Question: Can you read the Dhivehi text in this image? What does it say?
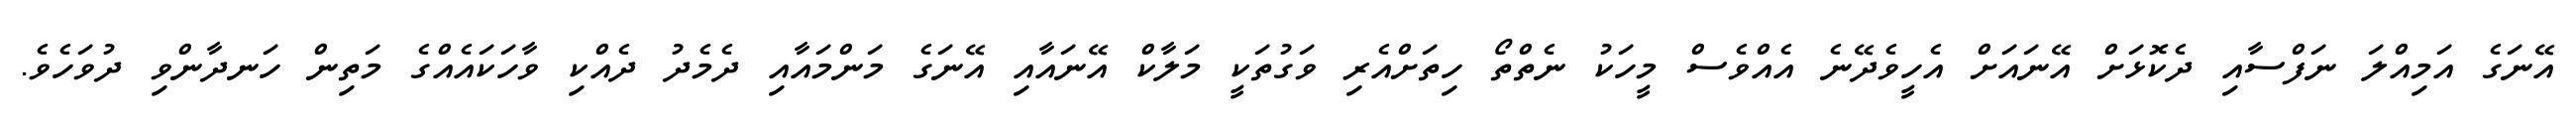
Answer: އޭނަގެ އަމިއްލަ ނަފްސާއި ދެކޮޅަށް އޭނައަށް އެހީވެދޭނެ އެއްވެސް މީހަކު ނެތްތޯ ހިތަށްއެރި ވަގުތަކީ މަލާކް އޭނައާއި އޭނަގެ މަންމައާއި ދެމެދު ދެއްކި ވާހަކައެއްގެ މަތިން ހަނދާންވި ދުވަހެވެ.